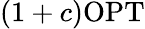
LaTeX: (1+c)\mathrm{OPT}